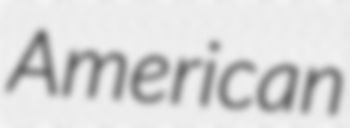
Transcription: American